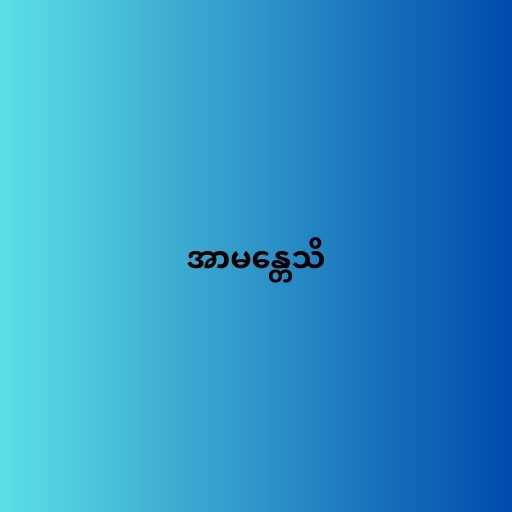
အာမန္တေသိ